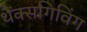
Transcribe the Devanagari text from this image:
थैंक्‍सगिविंग